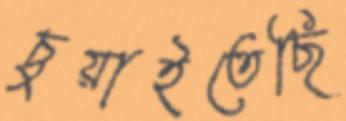
চুয়াইতেছি